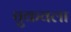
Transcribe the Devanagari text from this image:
चुकवला